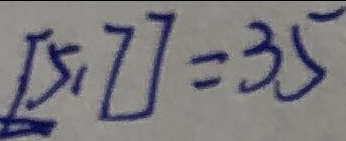
[ 5 , 7 ] = 3 5